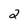
Character: 2